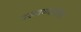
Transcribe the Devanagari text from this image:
दडवण्यापेक्षा